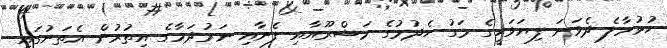
ހުޅުމާލެ ދެވަނަ ފިޔަވަހީގެ މަގު ހެދުމުގެ މަޝްރޫއާއި ފެނާއި ނަރުދަމާގެ އިތުރުން އެތަނުގައި